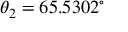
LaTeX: \theta _ { 2 } = 6 5 . 5 3 0 2 ^ { \circ }